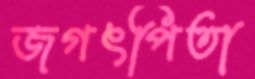
জগৎপিতা